Report on vaccination in Madras 1877-1894 - 1877-1894
Year: 1877
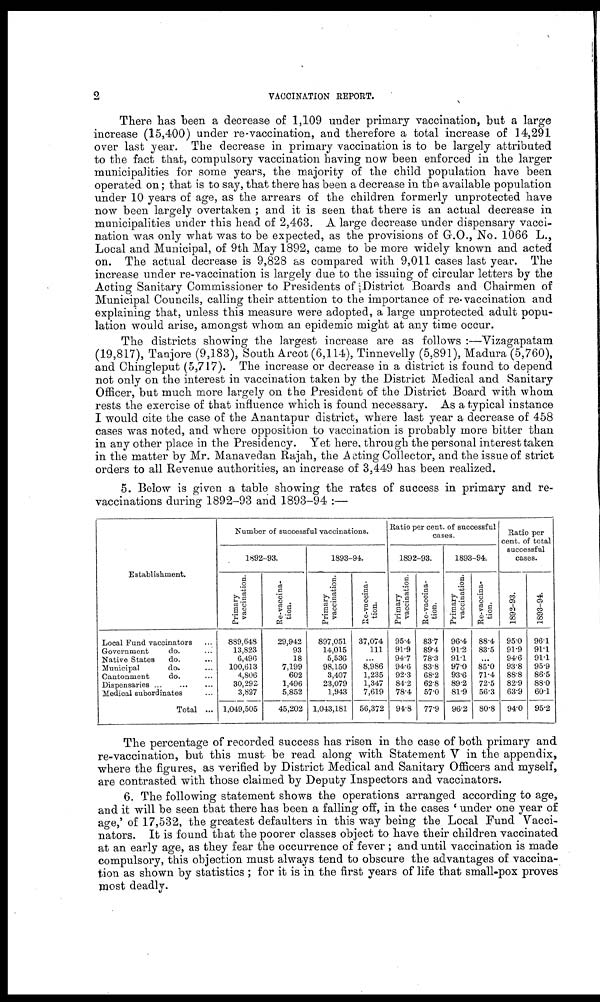
2
VACCINATION REPORT.
There has been a decrease of 1,109 under primary vaccination, but a large
increase (15,400) under re-vaccination, and therefore a total increase of 14,291
over last year. The decrease in primary vaccination is to be largely attributed
to the fact that, compulsory vaccination having now been enforced in the larger
municipalities for some years, the majority of the child population have been
operated on; that is to say, that there has been a decrease in the available population
under 10 years of age, as the arrears of the children formerly unprotected have
now been largely overtaken ; and it is seen that there is an actual decrease in
municipalities under this head of 2,463. A large decrease under dispensary vacci-
nation was only what was to be expected, as the provisions of G.O., No. 1066 L.,
Local and Municipal, of 9th May 1892, came to be more widely known and acted
on. The actual decrease is 9,828 as compared with 9,011 cases last year. The
increase under re-vaccination is largely due to the issuing of circular letters by the
Acting Sanitary Commissioner to Presidents of District Boards and Chairmen of
Municipal Councils, calling their attention to the importance of re- vaccination and
explaining that, unless this measure were adopted, a large unprotected adult popu-
lation would arise, amongst whom an epidemic might at any time occur.
The districts showing the largest increase are as follows :—Vizagapatam
(19,817), Tanjore (9,183), South Arcot (6,114), Tinnevelly (5,891), Madura (5,760),
and Chingleput (5,717). The increase or decrease in a district is found to depend
not only on the interest in vaccination taken by the District Medical and Sanitary
Officer, but much more largely on the President of the District Board with whom
rests the exercise of that influence which is found necessary. As a typical instance
I would cite the case of the Anantapur district, where last year a decrease of 458
cases was noted, and where opposition to vaccination is probably more bitter than
in any other place in the Presidency. Yet here, through the personal interest taken
in the matter by Mr. Manavedan Rajah, the Acting Collector, and the issue of strict
orders to all Revenue authorities, an increase of 3,449 has been realized.
5. Below is given a table showing the rates of success in primary and re-
vaccinations during 1892-93 and 1893-94 :—
Establishment.
Local Fund vaccinators ...
Government
do. ...
Native States
do. ...
Municipal
do. ...
Cantonment
do.
Dispensaries ... ... ...
Medical subordinates ...
Total ...
Number of successful vaccinations.
1892-93.
Primary
vaccination.
889,648
13,823
6,496
100,613
4,806
30,292
3,827
1,049,505
Re-vaccina-
tion.
29,942
93
18
7,199
602
1,496
5,852
45,202
1893-94.
Primary
vaccination.
897,051
14,015
5,536
98,150
3,407
23,079
1,943
1,043,181
Re-vaccina-
tion.
37,074
111
...
8,986
1,235
1,347
7,619
56,372
Ratio per cent. of successful
cases.
1892-93.
Primary
vaccination.
95.4
91.9
94.7
94.6
92.3
84.2
78.4
94.8
Re-vaccina-
tion.
83.7
89.4
78.3
83.8
68.2
62.8
57.0
77.9
1893-94.
Primary
vaccination.
96.4
91.2
911
97.0
93.6
89.2
81.9
96.2
Re-vaccina-
tion.
88.4
83.5
...
85.0
71.4
72.5
56.3
80.8
Ratio per
cent. of total
successful
cases.
1892-93.
95.0
91.9
946
93.8
888
82.9
63.9
94.0
1893-94.
96.1
91.1
91.1
95.9
86.5
88.0
60.1
95.2
The percentage of recorded success has risen in the case of both primary and
re-vaccination, but this must be read along with Statement V in the appendix,
where the figures, as verified by District Medical and Sanitary Ofiicers and myself,
are contrasted with those claimed by Deputy Inspectors and vaccinators.
6. The following statement shows the operations arranged according to age,
and it will be seen that there has been a falling off, in the cases ' under one year of
age,' of 17,532, the greatest defaulters in this way being the Local Fund Vacci-
nators. It is found that the poorer classes object to have their children vaccinated
at an early age, as they fear the occurrence of fever; and until vaccination is made
compulsory, this objection must always tend to obscure the advantages of vaccina-
tion as shown by statistics ; for it is in the first years of life that small-pox proves
most deadly.